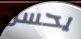
يحسن